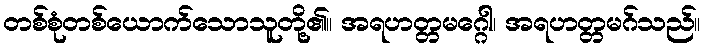
တစ်စုံတစ်ယောက်သောသူတို့၏။ အရဟတ္တမဂ္ဂေါ၊ အရဟတ္တမဂ်သည်။